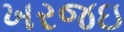
ખરજઇ